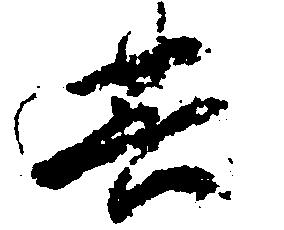
其